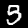
Digit: 5